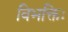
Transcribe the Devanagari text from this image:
विभक्तिः